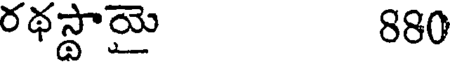
రథస్థాయై 880